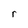
Character: r